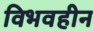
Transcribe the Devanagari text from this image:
विभवहीन